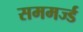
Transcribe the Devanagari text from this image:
सममर्ज्ड